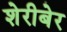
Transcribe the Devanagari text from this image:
शेरीबेर